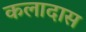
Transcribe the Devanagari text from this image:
कलादास